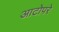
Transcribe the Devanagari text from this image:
आटोपरे